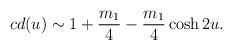
LaTeX: \begin{align*}cd(u) \sim 1 + \frac{m_{1}}{4} - \frac{m_{1}}{4} \cosh 2u .\end{align*}